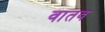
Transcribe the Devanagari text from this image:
वातव